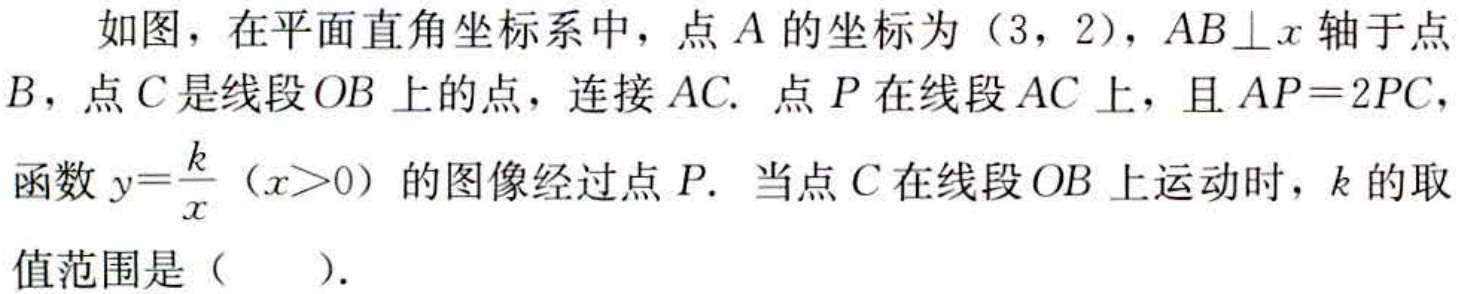
如图，在平面直角坐标系中，点\(A\)的坐标为\((3,2)\)，\(AB\perp x\)轴于点\(B\)，点\(C\)是线段\(OB\)上的点，连接\(AC\). 点\(P\)在线段\(AC\)上，且\(AP = 2PC\)，函数\(y=\dfrac{k}{x}(x > 0)\)的图像经过点\(P\). 当点\(C\)在线段\(OB\)上运动时，\(k\)的取值范围是（  ）.